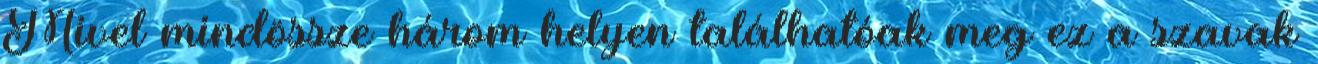
Mivel mindössze három helyen találhatóak meg ez a szavak